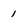
Character: 1